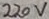
Text: 220V